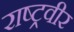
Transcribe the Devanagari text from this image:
राष्ट्रवीर